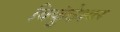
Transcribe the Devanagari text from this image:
विकुंठेश्वर